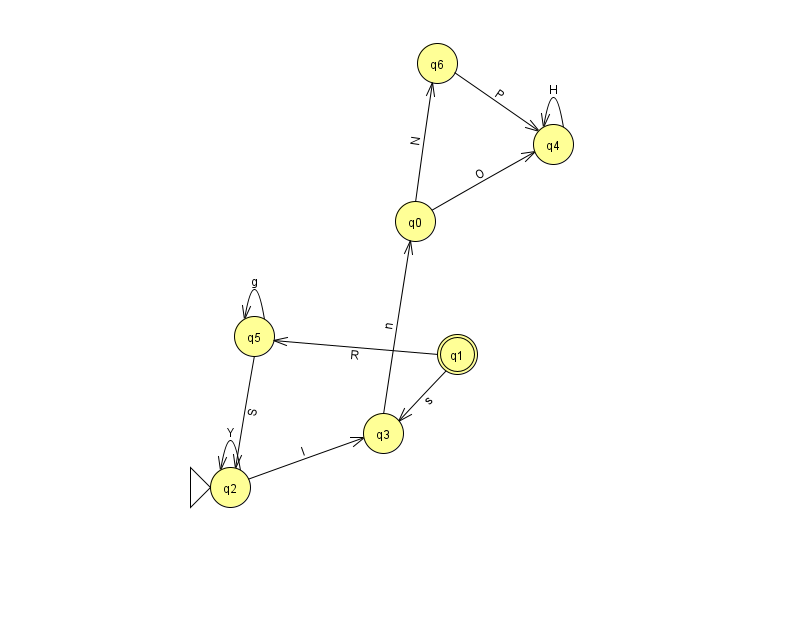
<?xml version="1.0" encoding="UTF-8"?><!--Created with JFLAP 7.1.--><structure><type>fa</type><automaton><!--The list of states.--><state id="0" name="q0"><x>415.0</x><y>208.0</y></state><state id="1" name="q1"><x>457.0</x><y>341.0</y><final/></state><state id="2" name="q2"><x>230.0</x><y>474.0</y><initial/></state><state id="3" name="q3"><x>383.0</x><y>420.0</y></state><state id="4" name="q4"><x>553.0</x><y>131.0</y></state><state id="5" name="q5"><x>254.0</x><y>323.0</y></state><state id="6" name="q6"><x>437.0</x><y>50.0</y></state><!--The list of transitions.--><transition><from>0</from><to>6</to><read>N</read></transition><transition><from>6</from><to>4</to><read>P</read></transition><transition><from>0</from><to>4</to><read>O</read></transition><transition><from>5</from><to>2</to><read>S</read></transition><transition><from>5</from><to>5</to><read>g</read></transition><transition><from>3</from><to>0</to><read>n</read></transition><transition><from>4</from><to>4</to><read>H</read></transition><transition><from>2</from><to>2</to><read>Y</read></transition><transition><from>2</from><to>3</to><read>I</read></transition><transition><from>1</from><to>5</to><read>R</read></transition><transition><from>1</from><to>3</to><read>s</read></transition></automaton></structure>